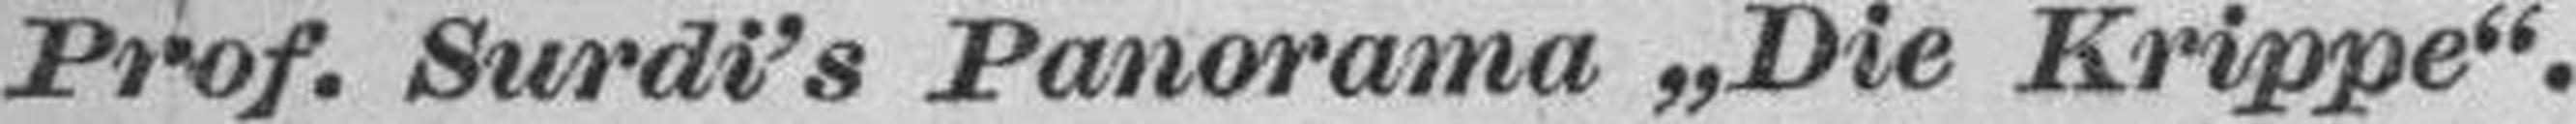
Prof. Surdi’s Panorama „Die Krippe“.